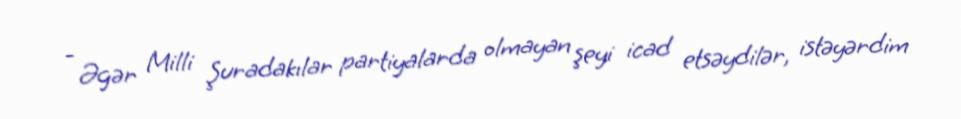
- Əgər Milli Şuradakılar partiyalarda olmayan şeyi icad etsəydilər, istəyərdim